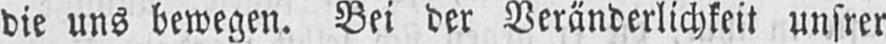
die uns bewegen. Bei der Veränderlichkeit unsrer